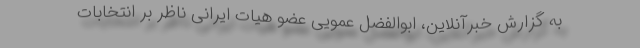
به گزارش خبرآنلاین، ابوالفضل عمویی عضو هیات ایرانی ناظر بر انتخابات